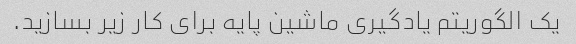
یک الگوریتم یادگیری ماشین پایه برای کار زیر بسازید.